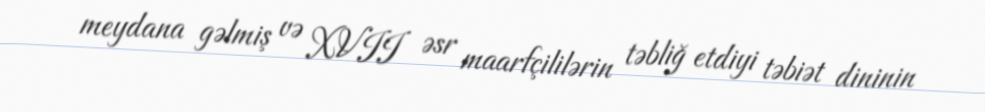
meydana gəlmiş və XVII əsr maarfçililərin təbliğ etdiyi təbiət dininin